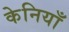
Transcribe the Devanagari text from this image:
केनियाँ